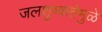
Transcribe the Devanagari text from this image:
जलशुष्कतेमुळे